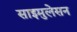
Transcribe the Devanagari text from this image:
साइमुलेसन